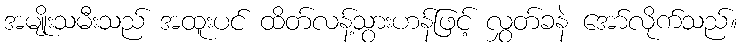
အမျိုးသမီးသည် အထူးပင် ထိတ်လန့်သွားဟန်ဖြင့် လွှတ်ခနဲ အော်လိုက်သည်။